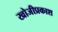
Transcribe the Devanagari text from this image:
खोजीप्रकाश